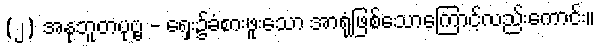
(၂) အနုဘူတပုဗ္ဗ - ရှေး၌ခံစားဖူးသော အာရုံဖြစ်သောကြောင့်လည်းကောင်း။